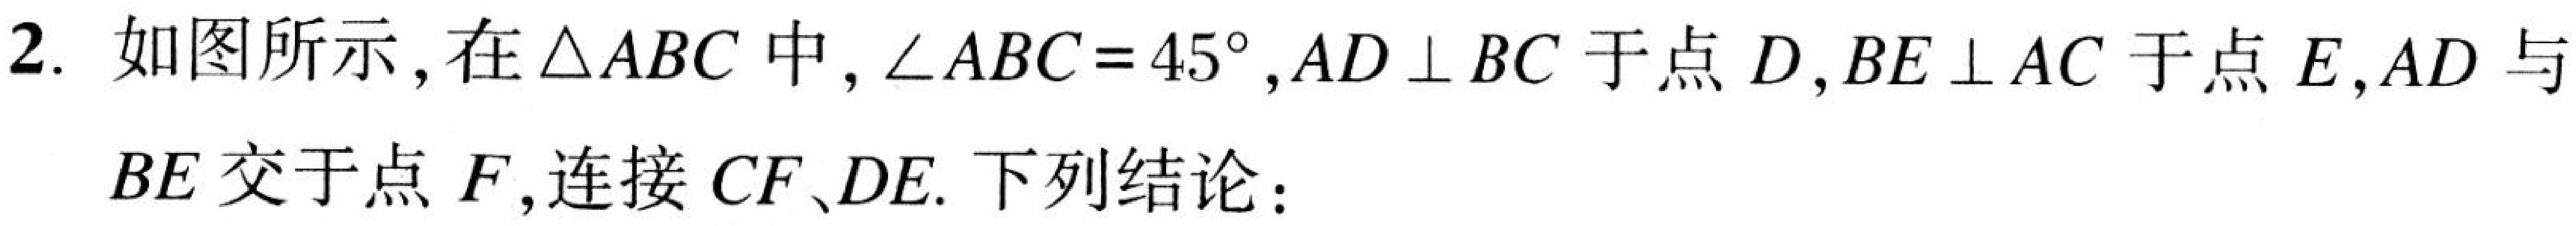
2. 如图所示，在\(\triangle ABC\)中，\(\angle ABC = 45^{\circ}\)，\(AD\perp BC\)于点\(D\)，\(BE\perp AC\)于点\(E\)，\(AD\)与
\(BE\)交于点\(F\)，连接\(CF、DE\). 下列结论：